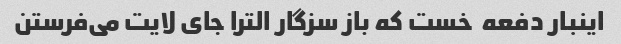
اینبار دفعه  خست که باز سزگار الترا جای لایت می‌فرستن